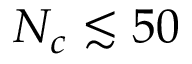
N _ { c } \lesssim 5 0